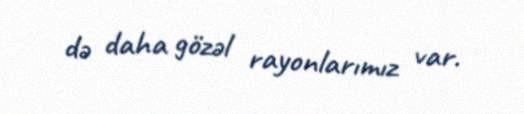
də daha gözəl rayonlarımız var.